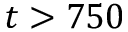
t > 7 5 0